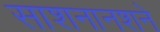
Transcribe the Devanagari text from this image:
साशनानशने